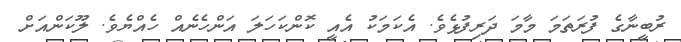
ރުބީނާގެ ފުރަތަމަ މާމަ ދަރިފުޅެވެ. އެކަމަކު އެއީ ކޮންކަހަލަ އަންހެނެއް ހެއްޔެވެ. ލޫކަންއަށް